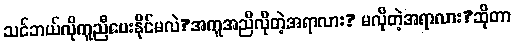
သင်ဘယ်လိုကူညီပေးနိုင်မလဲ?အကူအညီလိုတဲ့အရာလား? မလိုတဲ့အရာလား?ဆိုတာ